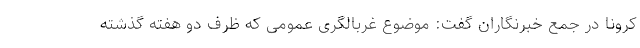
کرونا در جمع خبرنگاران گفت: موضوع غربالگری عمومی که ظرف دو هفته گذشته